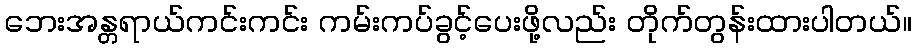
ဘေးအန္တရာယ်ကင်းကင်း ကမ်းကပ်ခွင့်ပေးဖို့လည်း တိုက်တွန်းထားပါတယ်။